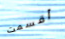
أقسمت